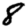
Digit: 8